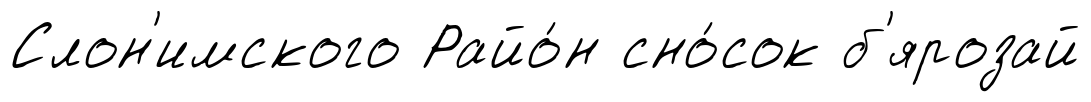
Слон'имского Райо́н сно́сок б'ярозай